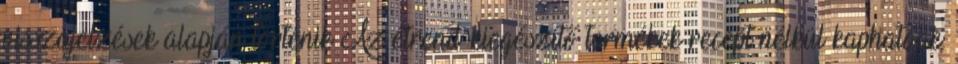
visszajelzések alapján történik Az étrend-kiegészítő termékek recept nélkül kaphatóak.